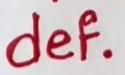
def.